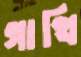
গাথি